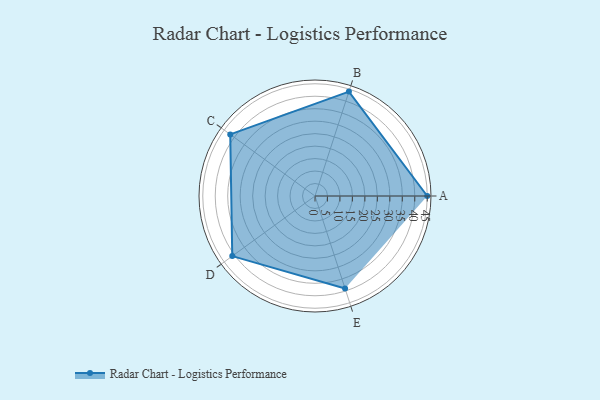
{"axis": {"x": "Skill", "y": "Score"}, "legend": ["Profile"], "data": [{"x": "A", "y": 45.0, "type": "Profile"}, {"x": "B", "y": 44.0, "type": "Profile"}, {"x": "C", "y": 42.0, "type": "Profile"}, {"x": "D", "y": 41.0, "type": "Profile"}, {"x": "E", "y": 39.0, "type": "Profile"}]}